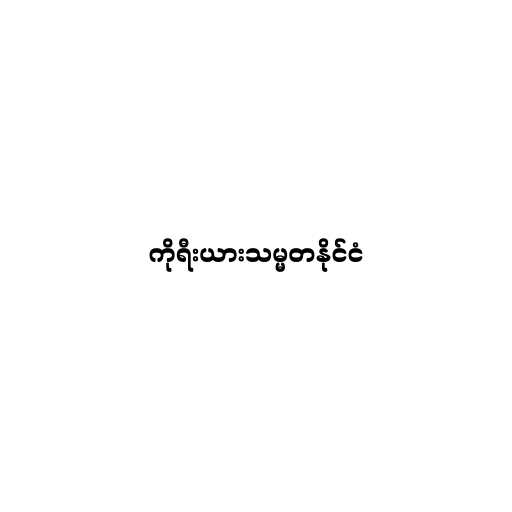
ကိုရီးယားသမ္မတနိုင်ငံ